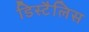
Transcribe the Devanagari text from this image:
डिस्टैलिस